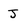
Character: J